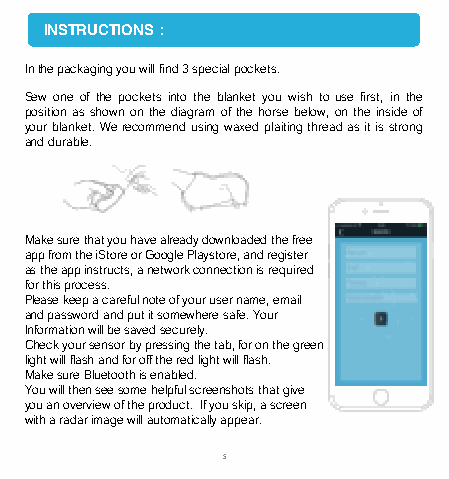
INSTRUCTIONS :
 Inthepackagingyouwillfind3specialpockets.
 Sewoneof thepocketsinto theblanketyouwish tousefirst, in the
 positionasshownonthediagramofthehorsebelow,ontheinsideof
 yourblanket.Werecommendusingwaxedplaitingthreadasitisstrong
 anddurable.
 Make sure that you have already downloaded the free
 app from the iStoreor Google Playstore, and register
 as the app instructs, a network connection is required
 for this process.
 Please keep a careful note of your user name, email
 and password and put it somewhere safe. Your
 Information will be saved securely.
 Check your sensor by pressing the tab, for on the green
 light will flash and for off the red light will flash.
 Make sure Bluetooth is enabled.
 You will then see some helpful screenshots that give
 you an overview of the product. If you skip, a screen
 with a radar image will automatically appear.
 5